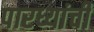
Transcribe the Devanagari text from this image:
पारध्यांची